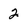
Character: 2